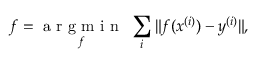
\boldsymbol f = \underset { \boldsymbol f } { \mathrm { ~ a ~ r ~ g ~ m ~ i ~ n ~ } } ~ \sum _ { i } \| \boldsymbol f ( \boldsymbol x ^ { ( i ) } ) - \boldsymbol y ^ { ( i ) } \| ,